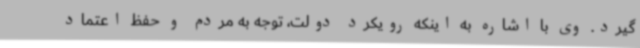
گیرد. وی با اشاره به اینکه رویکرد دولت، توجه به مردم و حفظ اعتماد